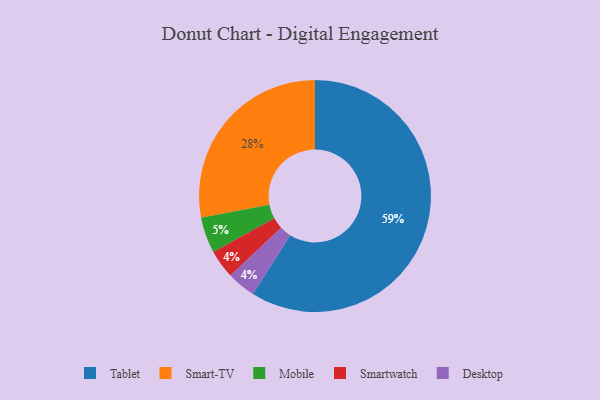
{"axis": {"x": "Category", "y": "Percentage"}, "legend": ["Desktop", "Mobile", "Smart-TV", "Smartwatch", "Tablet"], "data": [{"x": "Smart-TV", "y": 28, "type": "Smart-TV"}, {"x": "Tablet", "y": 59, "type": "Tablet"}, {"x": "Mobile", "y": 5, "type": "Mobile"}, {"x": "Smartwatch", "y": 4, "type": "Smartwatch"}, {"x": "Desktop", "y": 4, "type": "Desktop"}]}